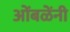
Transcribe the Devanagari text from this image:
ओंबळेंनी